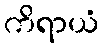
ကိရာယံ